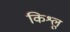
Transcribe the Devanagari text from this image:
किश्लू